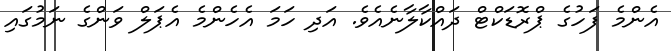
އެންމެ ފަހުގެ ޕްރޮޑަކްޓް ދައްކާލާނެއެވެ. އަދި ހަމަ އެހެންމެ އެޕަލް ވަންގެ ނަމުގައި